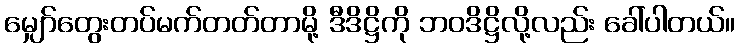
မျှော်တွေးတပ်မက်တတ်တာမို့ ဒီဒိဋ္ဌိကို ဘဝဒိဋ္ဌိလို့လည်း ခေါ်ပါတယ်။